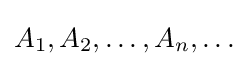
A_{1},A_{2},\ldots ,A_{n},\ldots